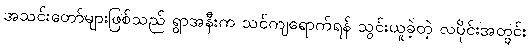
အသင်းတော်များဖြစ်သည် ရွာအနီးက သင်ကျရောက်ရန် သွင်းယူခဲ့တဲ့ လပိုင်းအတွင်း